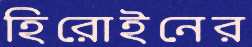
হিরোইনের